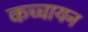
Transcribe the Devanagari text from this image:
कच्चायन